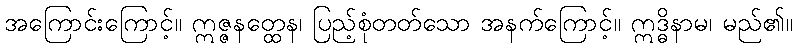
အကြောင်းကြောင့်။ ဣဇ္ဇနတ္ထေန၊ ပြည့်စုံတတ်သော အနက်ကြောင့်။ ဣဒ္ဓိနာမ၊ မည်၏။